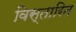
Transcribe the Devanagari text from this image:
विस्तारित